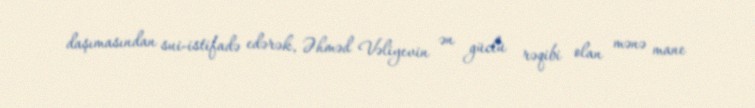
daşımasından sui-istifadə edərək, Əhməd Vəliyevin ən güclü rəqibi olan mənə mane